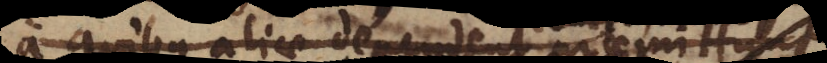
a quibus aliae dependent